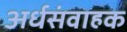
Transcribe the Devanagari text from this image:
अर्धसंवाहक